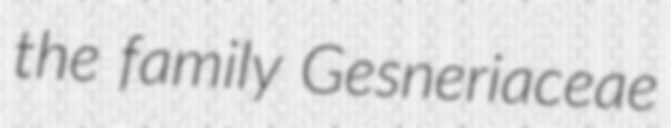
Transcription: the family Gesneriaceae